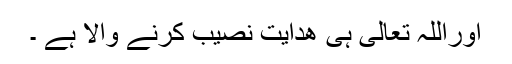
اوراللہ تعالی ہی ھدایت نصیب کرنے والا ہے ۔